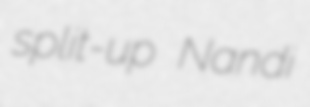
split-up Nandi